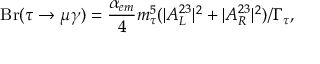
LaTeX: \mathrm { B r } ( \tau \to \mu \gamma ) = \frac { \alpha _ { e m } } { 4 } m _ { \tau } ^ { 5 } ( | A _ { L } ^ { 2 3 } | ^ { 2 } + | A _ { R } ^ { 2 3 } | ^ { 2 } ) / \Gamma _ { \tau } ,